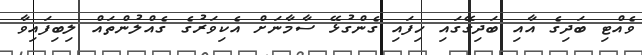
ވެއްޓި ބަދިގެ އާއި ބަދިގޭގައި ހިފައި ގެންގުޅޭ ސާމާނަށް އެކިވަރުގެ ގެއްލުންތައް ލިބިފައިވާ